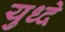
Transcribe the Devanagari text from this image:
युध्दे